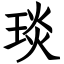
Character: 琰